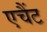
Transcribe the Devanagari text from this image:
एचैंट